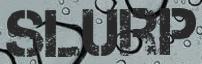
SLURP